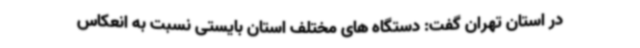
در استان تهران گفت: دستگاه های مختلف استان بایستی نسبت به انعکاس